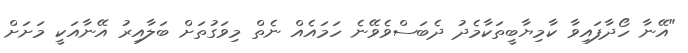
"އޭނާ ހޯދާފައިވާ ކާމިޔާބީތަކާމެދު ދެބަސްވެވޭނެ ހަމައެއް ނެތް މިވަގުތަށް ބަލާއިރު އޭނާއަކީ މަށަށް